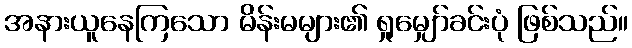
အနားယူနေကြသော မိန်းမများ၏ ရှုမျှော်ခင်းပုံ ဖြစ်သည်။